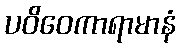
ပဝိဝေကာရာမာနံ